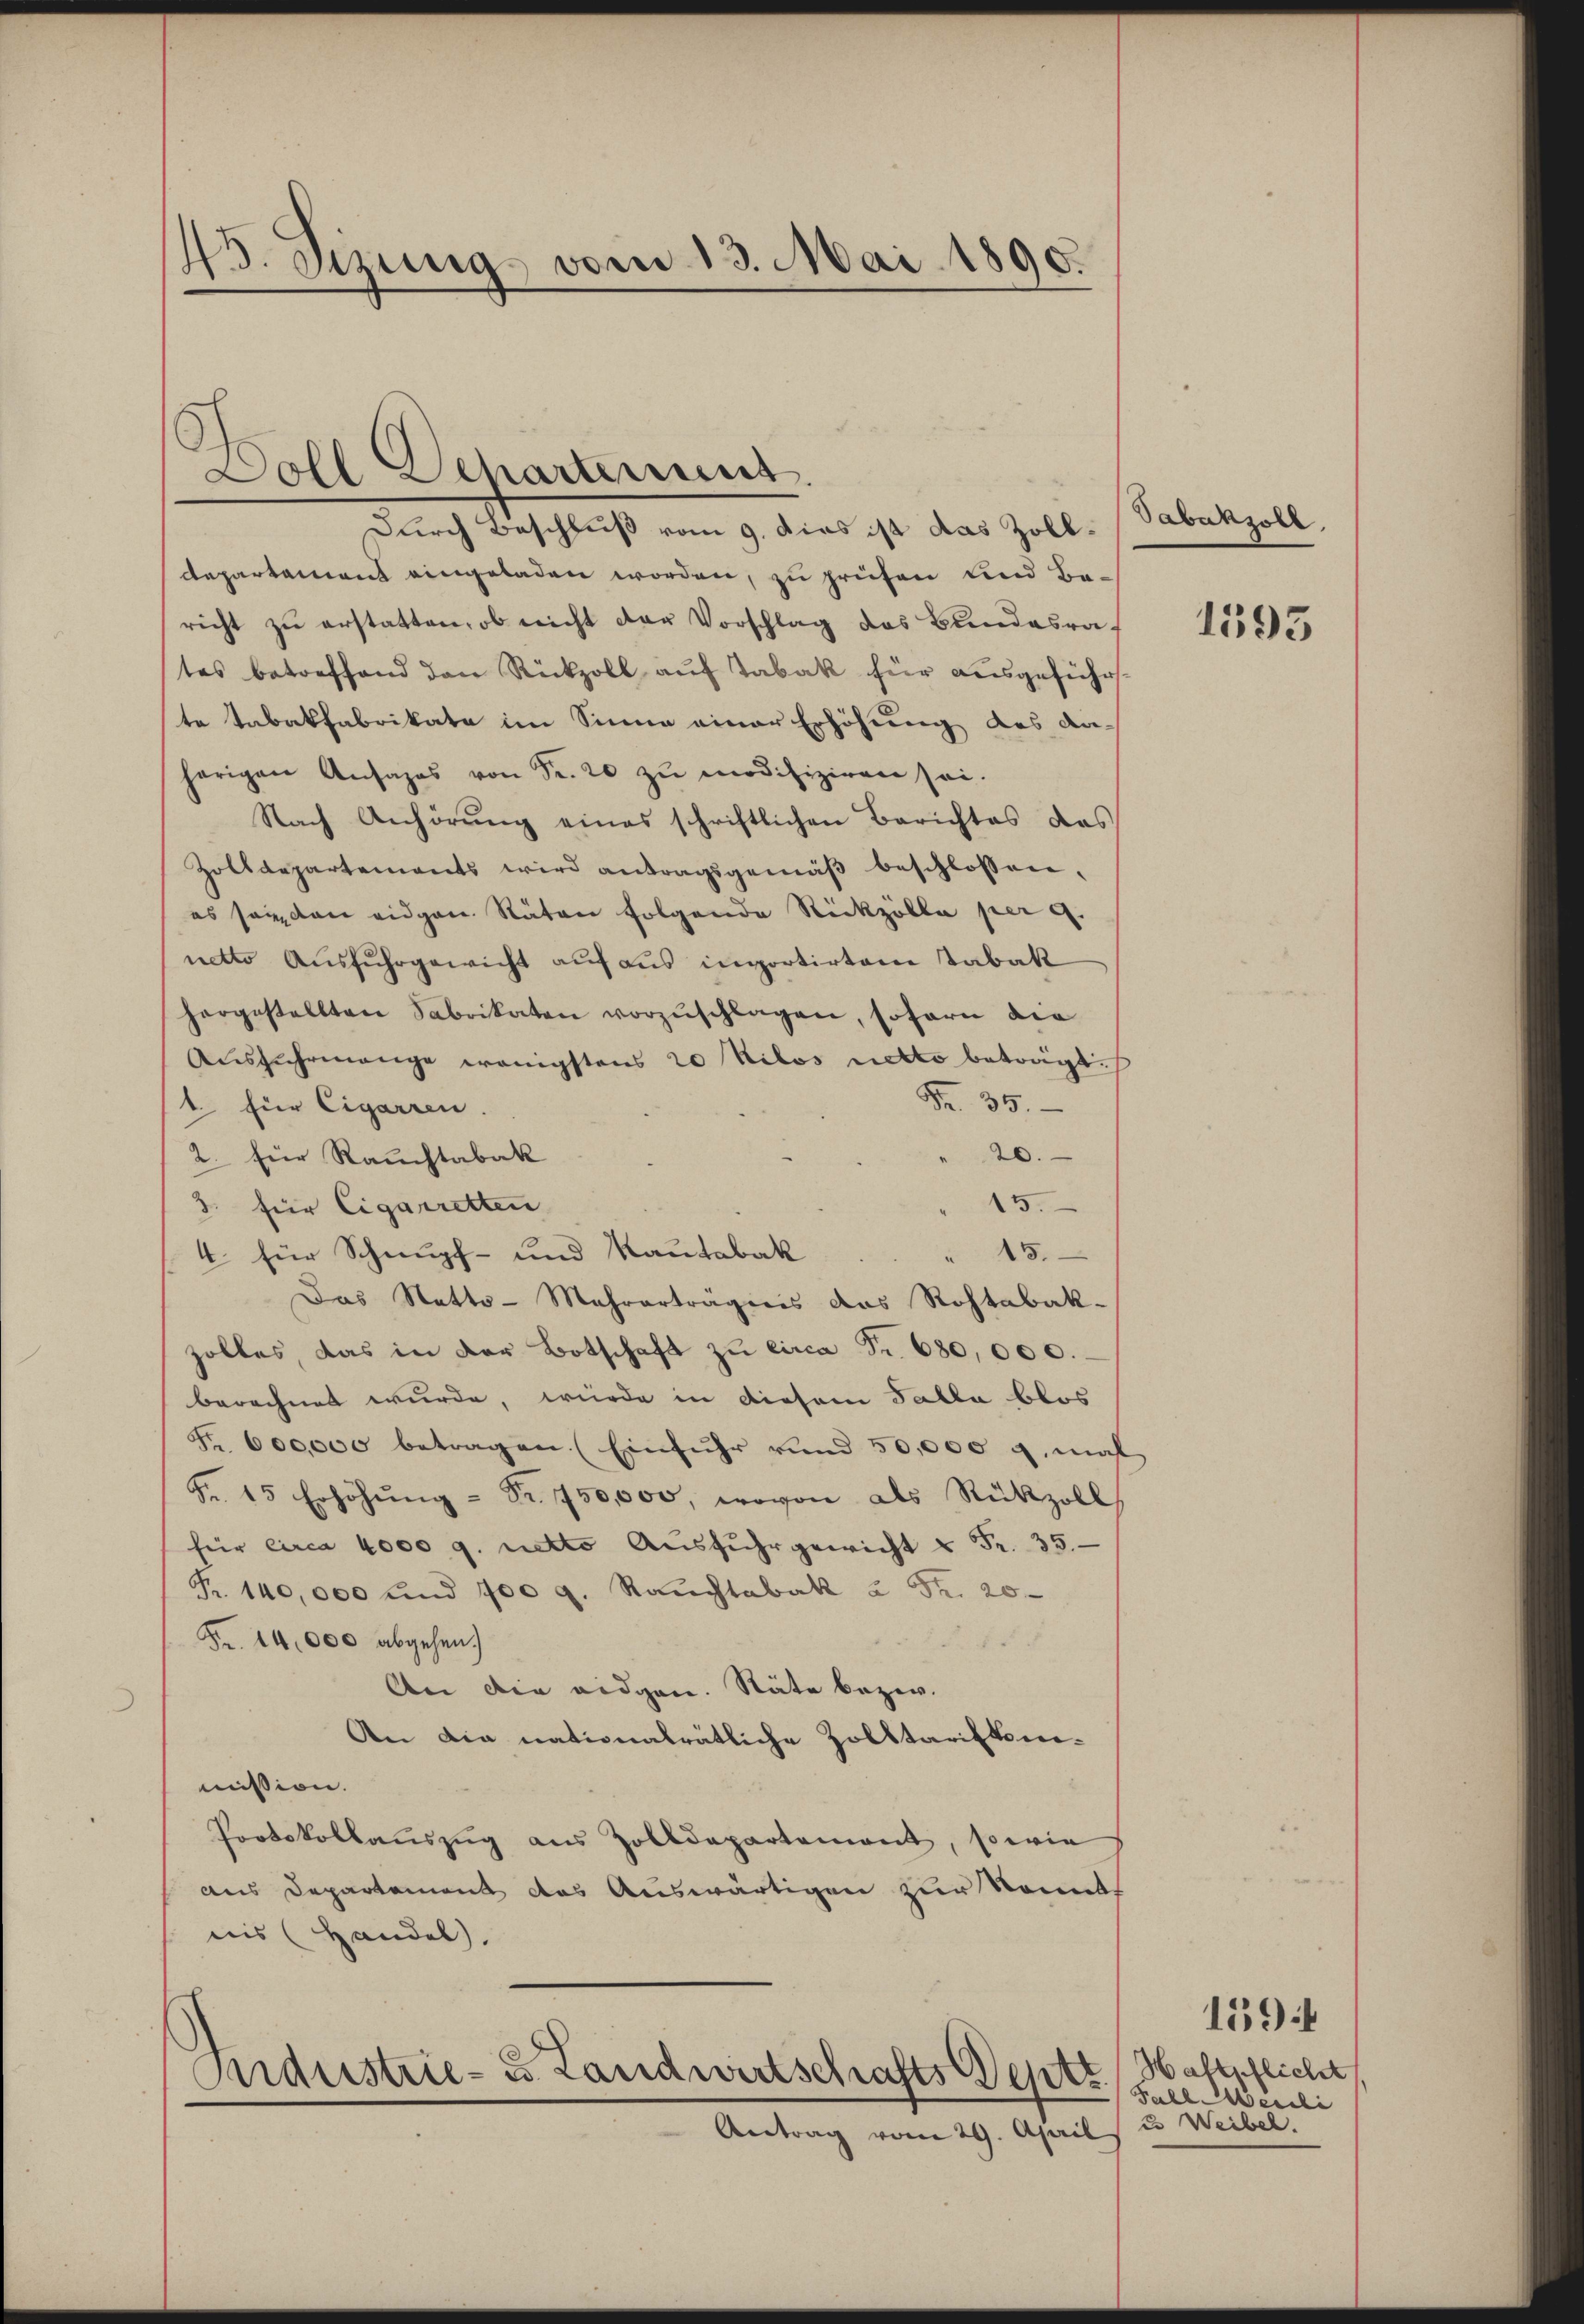
45. Sizung vom 13. Mai 1890.

5
Doll Departement.

Durch Beschluß vom 9. dies ist das Zoll¬
Departament eingeladen worden, zu prüfen und Be-
richt zŭ erstatten, ob nicht der Vorschlag das Bundesrates betreffend den Rückzoll auf Tabak für ausgeführte Tabakfabrikate im Sinne einer Erhöhung des An-
herigen Ansages von Fr. 20 zŭ modifiziren sei.
Nach Anhörŭng eines schriftlichen Berichtes das
Zolldepartements wird antragsgemäβ beschlossen,
es son den eidgen Räten folgende Rückzölla per 9.
netto Ausfuhrgewicht aŭf aŭs importirten Tabak
horgestellten Fabrikaten vorzŭschlagen, sofern die
Aŭsführmange wenigstens 20 Kilos netto betragt.
Fr. 35.
1. Eine Cigarren.
20.
2. für Rauchtabak
15.
3. für Cigarretten
15.
4 für Schnupf- und Rautabak
Das Statts-Mehrerträgnis das Rohtabakzolles, das in der Botschaft zu circa Fr. 680,000.
berechnet wurde, würde in diesem Talla blos
Fr. 600,000 betragen. (Einfuhr und 50,000 g maß
Fr. 15 Erhöhŭng - Fr. 750,000, wovon als Rückzoll,
für circa 4000 g. netto Ausfuhr gewicht u Fr. 35.
Fr. 140,000 und 700 g. Rauchtabak à Fr. 20
Fr. 14,000 abgehen.

An die eidgen. Stäte bezw.
An die nationalrätliche Zolltarifknemission.
Portokollaŭszŭg aus Zolldepartement, sowie
aus Departement des Auswärtigen zur Komete
nis (Handel,

Industrie- u. Landwirtschafts Septe

Antrag vom 29. April

Tabaksohl

1595

Haftpflicht
Fahl Merdli
2. Weibel.

159: